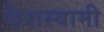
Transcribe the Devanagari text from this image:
केशस्वामी